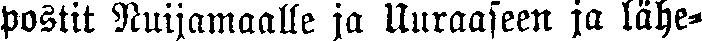
postit Nuijamaalle ja Uuraaseen ja lähe-